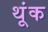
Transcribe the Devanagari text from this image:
थूंक